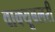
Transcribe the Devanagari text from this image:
वाक्यूबलरी